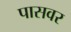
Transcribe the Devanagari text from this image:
पासवर